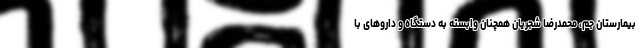
بیمارستان جم، محمدرضا شجریان همچنان وابسته به دستگاه و داروهای با